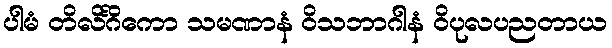
ပါမံ တိလိင်္ဂိကော သမဏာနံ ဝိသဘာဂါနံ ဝိပုလပညတာယ